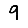
Digit: 9